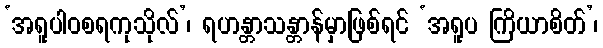
‘အရူပါဝစရကုသိုလ်’၊ ရဟန္တာသန္တာန်မှာဖြစ်ရင် ‘အရူပ ကြိယာစိတ်’၊